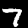
Digit: 7